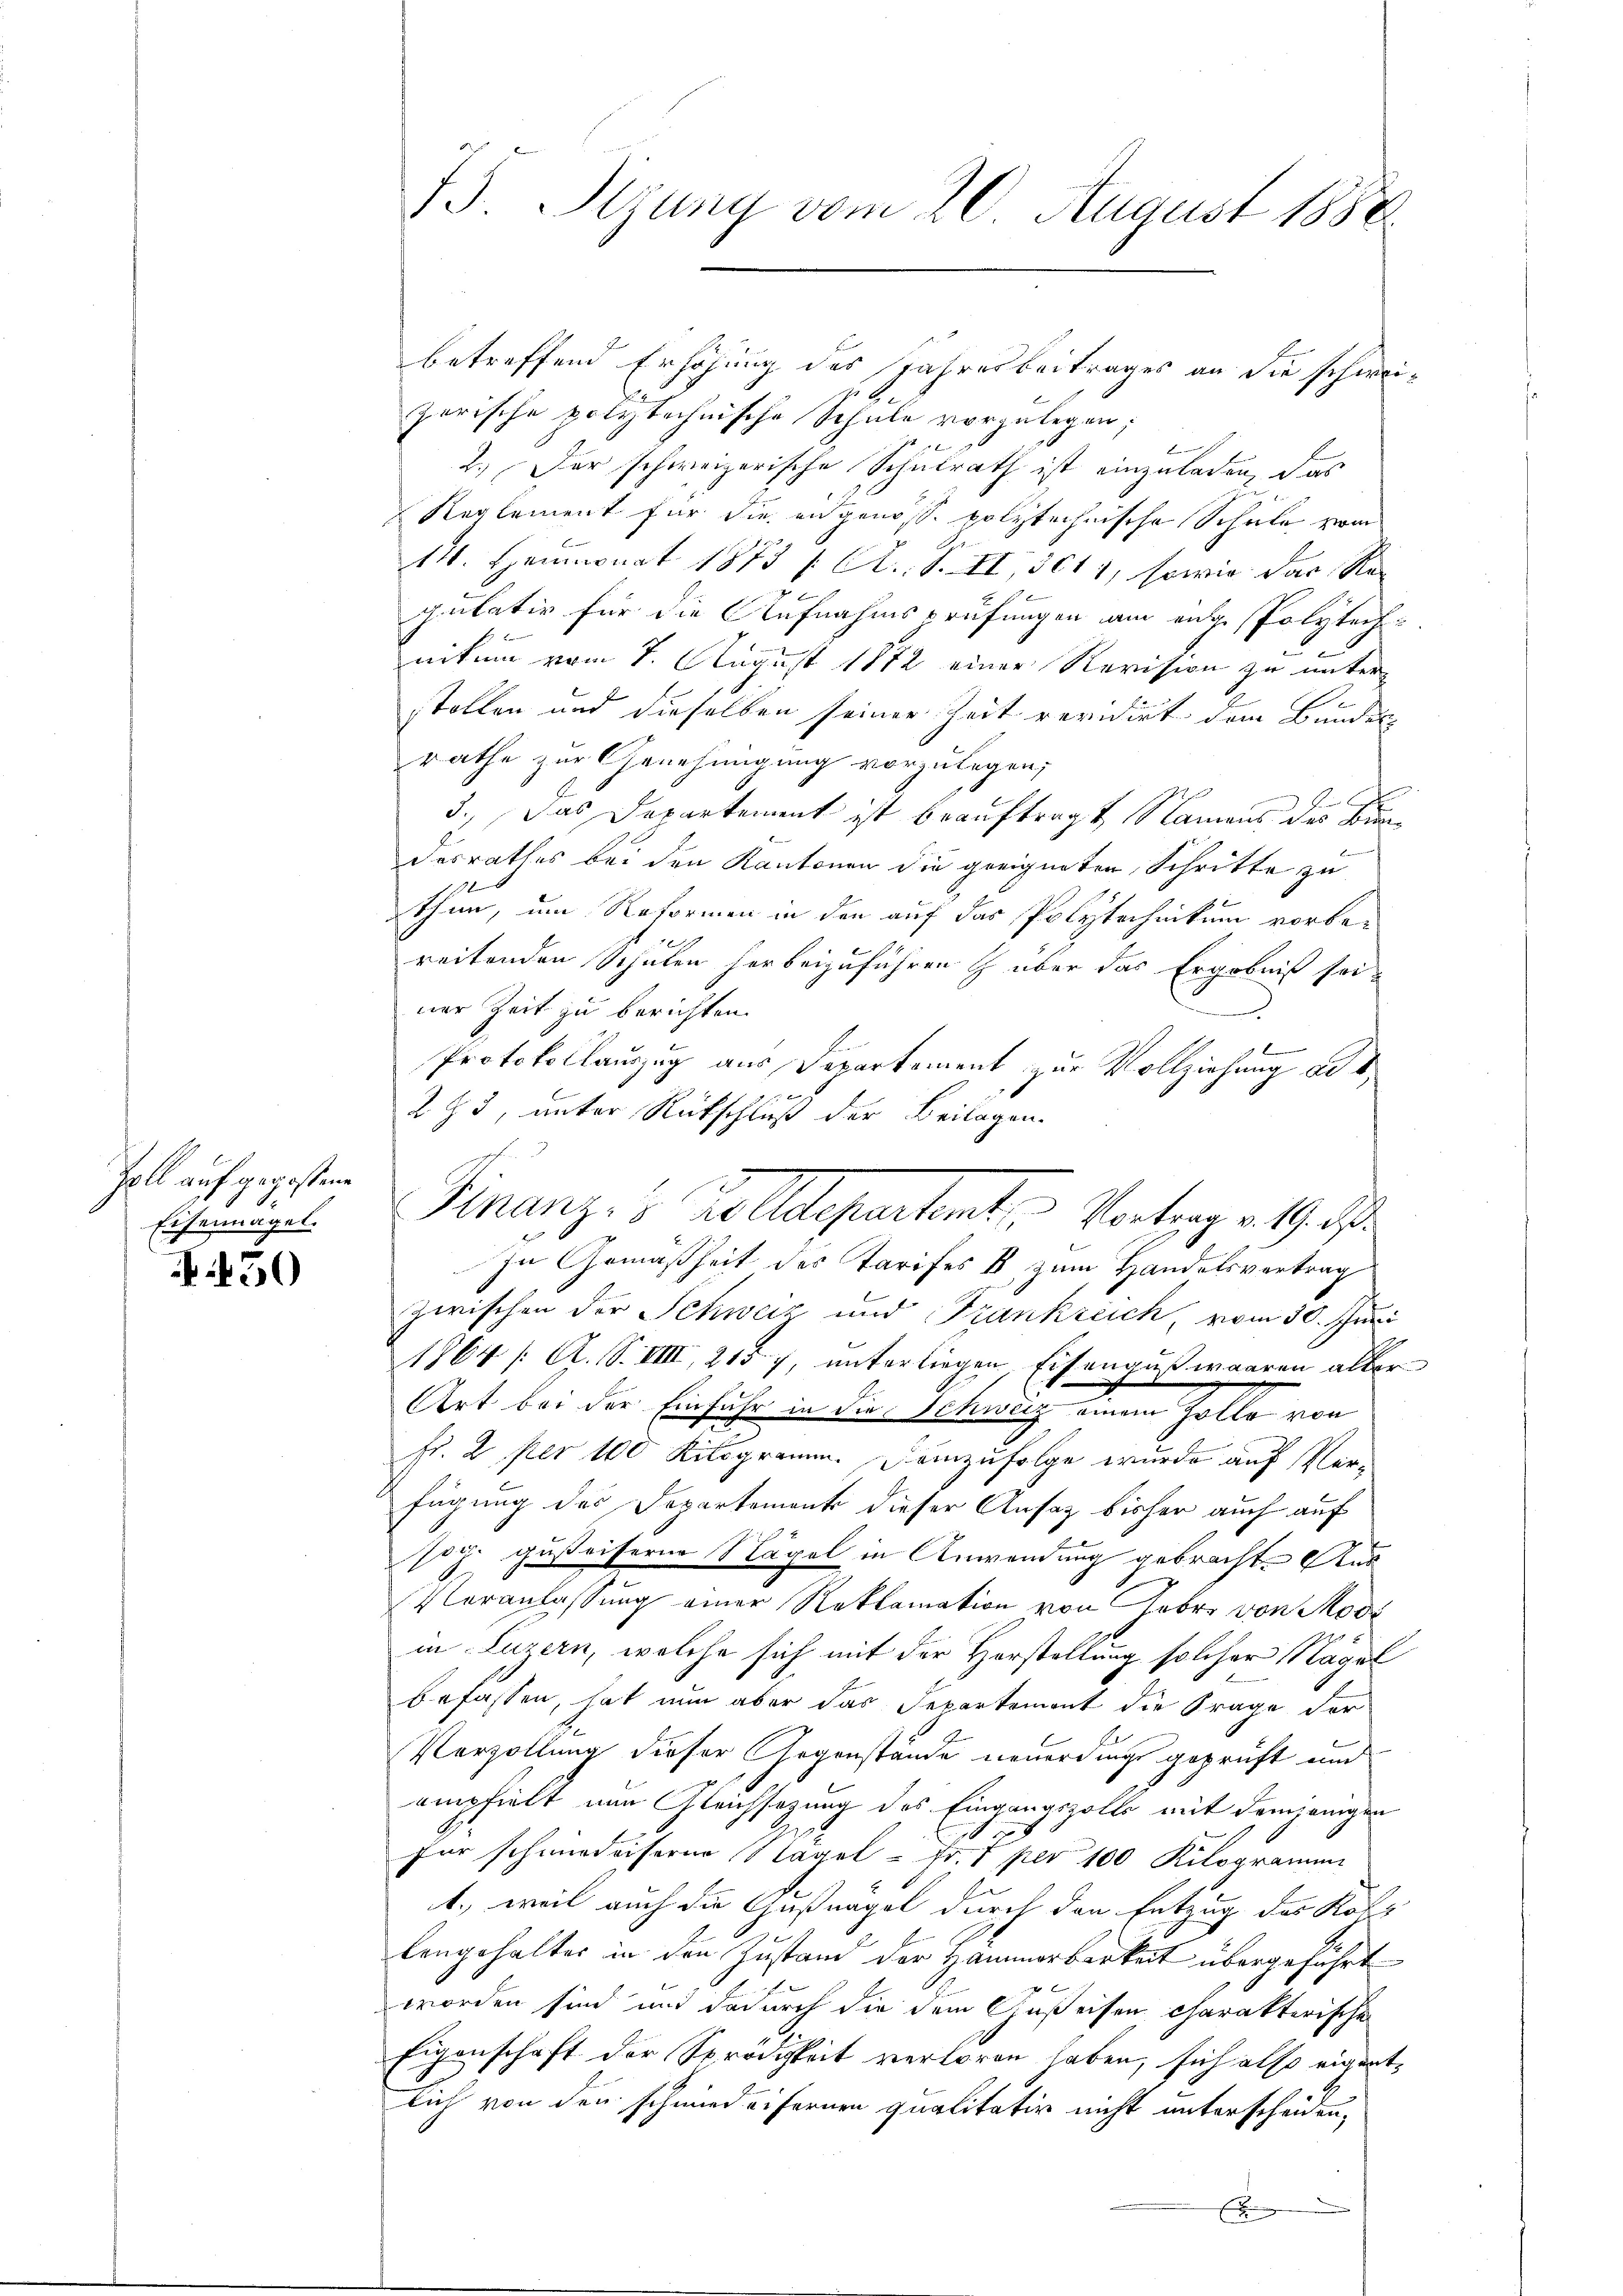
Zoll auf gegossene
Eisenagel.

450

IS. Sizung vom 20. August 1888

betreffend Erhöhung des Jahresbeitrages an die schweizorische polytechnische Schule vorzulegen;
2
2.) Der schweizerische Schulrath ist einzuladen, das
Reglement für die angenosse polytechnische Schule vom
14. Heumonat 1873 / A. S. II, 3011, sowie das Re-
pulativ für die Aufnahmsprüfungen am ange Polytechnitum vom 7. August 1872 einer Revision zu unterstollen und dieselben seiner Zeit revidirt dem Bunden
rathe zur Genehmigung vorzulegen;
E
3.) Das Departement ist beauftragt Namens des Bun¬
.
desrathes bei den Kantonen die geeigneten Schritte zu
thun, um Reformen in den auf das Polytechnikum vorbereitenden Schulen herbeizuführen z über das Ergebniß seiner Zeit zu berichten.
.
Protokollauszug aus Departement zur Vollziehung ad s
273, unter Rückschluß der Beilagen.
In Gemäßheit des Tarifes B zum Handelsvertrag
zwischen der Schweiz und Frankreich vom 30. Juri
1864 /: A. S. VIII, 215 7, unterliegen Eisengut waren aller
1
Art bei der Einfuhr in die Schweiz einem Zollo von
Fr. 2. per 100 Kilogramm. Demzufolge wurde auf Verfügung des Departement dieser Ansatz bisher auch auf
sog. gußeisern Nägel in Anwendung gebracht. Aus
Veranlassung einer Reklamation von Febr. von Modi
in Luzern, welche sich mit der Horstellung solcher Nägel
befassen, hat nun aber das Departement die Frage der
Verzöllung dieser Gegenstände neuerdings geprüft und
empfielt nun Gleichsazung des Eingangszolls mit demjenigen
c
h
für schmiedenserer Nägel - Fr. 1 per 100 Kilogramm
1., weil auch die Gußnagel durch den Entzug der Köllengehalter in den Zustand der Hammerbarkeit übergeführt
 f
worden sind und dadurch die dem Gußeisen charakterische
Eigenschaft der Sprödigkeit verloren haben, sich also eigent¬
9
lich von den schmied eifernen qualitativ nicht unterscheiden,
x

Finanzes Zolldepartet, Vortrag an d